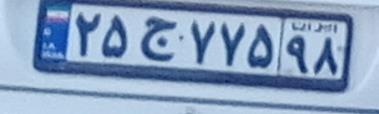
۲۵ج۷۷۵۹۸